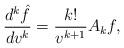
LaTeX: \begin{align*} \frac{d^k\hat{f}}{dv^k}=\frac{k!}{v^{k+1}}A_kf,\end{align*}